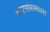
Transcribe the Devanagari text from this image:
वारसाहक्कास